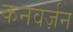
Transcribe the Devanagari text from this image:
कनवर्ज़न